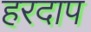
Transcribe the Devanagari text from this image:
हरदाप